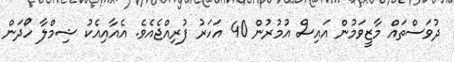
ދުވަސްތައް މާޒީވަމުން އައިސް އުމުރުން 40 އަހަރު ފުރިއްޖެއެވެ. އެއާއިއެކު ޝިމްލާ ހޯދަން